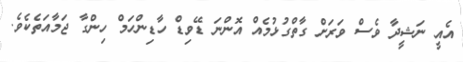
އެއީ ނަޝީދާ ވެސް ވަރަށް ގާތްގުޅުމެއް އޮންނަ ޑޭވިޑް ހާޑިންހަމް ހިންގާ ޖަމާއަތެކެވެ.